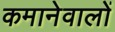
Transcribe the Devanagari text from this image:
कमानेवालों